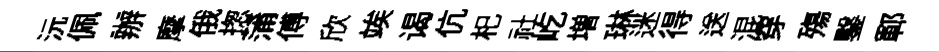
沅佩辦摩俄揔蒲傅欣竢谒伉𣏌社屹増琳迷得送混穿殤鑿鄆